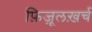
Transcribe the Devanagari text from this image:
फ़िज़ूलख़र्च